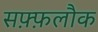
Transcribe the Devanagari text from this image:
सफ़्फ़लौक